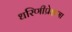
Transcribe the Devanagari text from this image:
धरिणीप्रेक्षणा